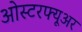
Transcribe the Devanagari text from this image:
ओस्टरफ्यूअर